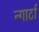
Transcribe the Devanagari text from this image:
न्गार्टा